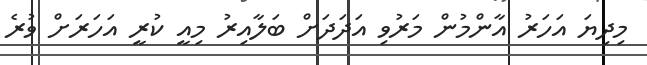
މިދިޔަ އަހަރު އާންމުން މަރުވި އަދަދަށް ބަލާއިރު މިއީ ކުރީ އަހަރަށް ވުރެ